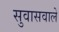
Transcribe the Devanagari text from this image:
सुवासवाले